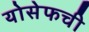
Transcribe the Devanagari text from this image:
योसेफची